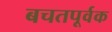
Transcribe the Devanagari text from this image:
बचतपूर्वक